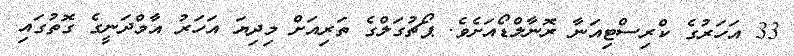
33 އަހަރުގެ ކްރިސްޓިއަނާ ރޮނާލްޑޯއަށެވެ. ޕޯޗުގަލްގެ ތަރިއަށް މިދިޔަ އަހަރު އާމްދަނީގެ ގޮތުގައި